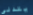
يتدلى